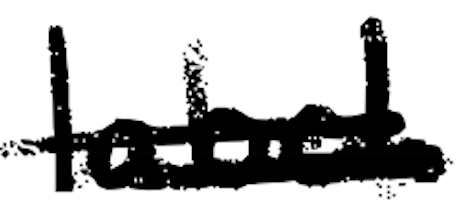
Text: label.
Cross-out: double-line
Writing tool: digital_black